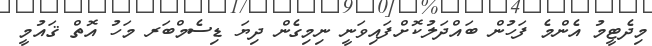
މިދެޓީމު އެންމެ ފަހުން ބައްދަލުކޮށްފައިވަނީ ނިމިގެން ދިޔަ ޑިސެމްބަރ މަހު އޮތް ޤައުމީ